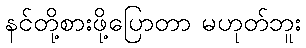
နင်တို့စားဖို့ပြောတာ မဟုတ်ဘူး